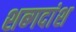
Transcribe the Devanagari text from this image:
शब्गदांश